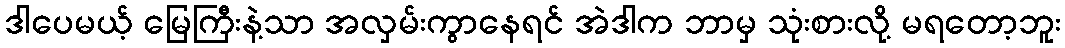
ဒါပေမယ့် မြေကြီးနဲ့သာ အလှမ်းကွာနေရင် အဲဒါက ဘာမှ သုံးစားလို့ မရတော့ဘူး